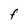
Character: F